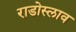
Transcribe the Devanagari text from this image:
राडोस्लाव